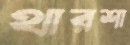
থারশা